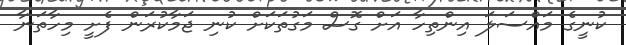
ކުނީގެ މައްސަލަ އިންތިހާ އަށް ގޮސް މަގުތަކަށް ކުނި ޖަމާކުރަން ފެށީ މިހާތަނާ